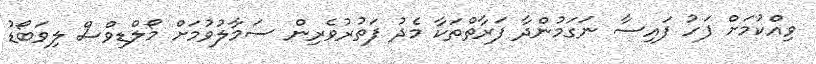
ވިއްކުމަށް ފަހު ފައިސާ ނަގަމުންދާ ފަރާތްތަކާ މެދު ފަތުރުވެރިން ސަމާލުވުމަށް މޯލްޑިވްސް ލިވަބޯޑު